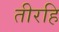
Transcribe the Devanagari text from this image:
तीरहि